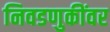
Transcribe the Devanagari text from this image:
निवडणुकींवर